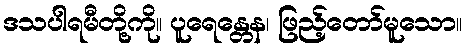
ဒသပါရမီတို့ကို။ ပူရေန္တေန၊ ဖြည့်တော်မူသော။